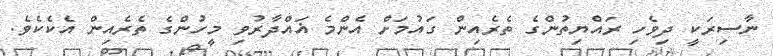
ނާސިރަކީ ދިވެހި ރައްޔިތުންގެ ތެރެއިން ގައުމަށް އެންމެ ޣައްދާރުވި މީހުންގެ ތެރެއިން އެކެކެވެ.